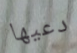
دعيها